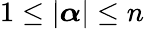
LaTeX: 1\leq|{\boldsymbol{\alpha}}|\leq n